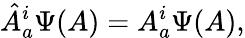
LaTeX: {\hat{A}}_{a}^{i}\Psi(A)=A_{a}^{i}\Psi(A),